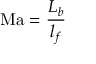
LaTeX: \mathrm { M a } = { \frac { L _ { b } } { l _ { f } } }